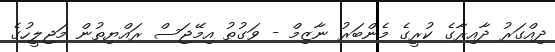
ދިއްގަރު ދާއިރާގެ ކުރީގެ މެންބަރު ނާޒިމް - ވަގުތު އިމޭޖަސް ރައްޔިތުން މަޖިލީހުގެ